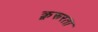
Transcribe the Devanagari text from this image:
क्रूरूरता